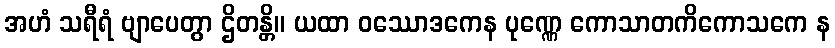
အဟံ သရီရံ ဗျာပေတွာ ဌိတန္တိ။ ယထာ ဝဿောဒကေန ပုဏ္ဏေ ကောသာတကိကောသကေ န